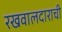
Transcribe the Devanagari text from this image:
रखवालदाराची